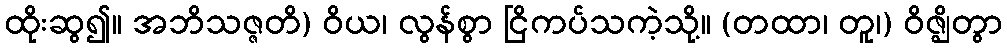
ထိုးဆွ၍။ အဘိသဇ္ဇတိ) ဝိယ၊ လွန်စွာ ငြိကပ်သကဲ့သို့။ (တထာ၊ တူ၊) ဝိဇ္ဈိတွာ